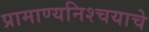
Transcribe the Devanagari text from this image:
प्रामाण्यनिश्चयाचे